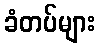
ခံတပ်များ